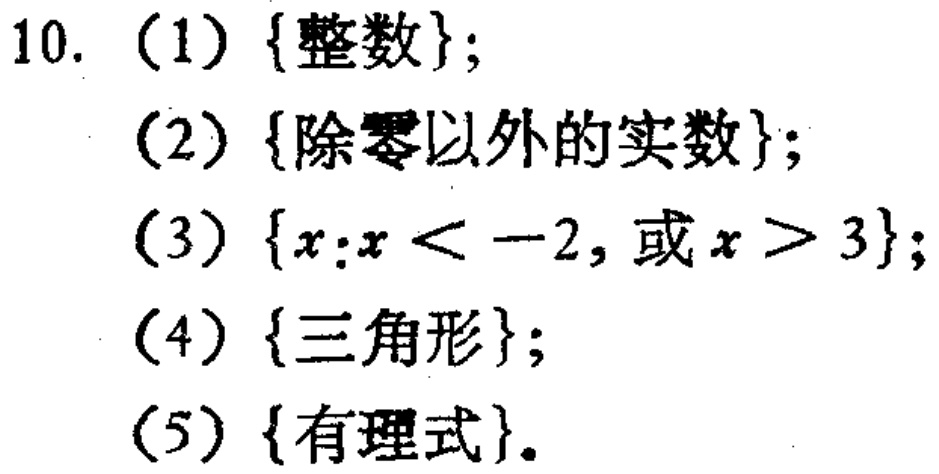
(1) \(\{\text{整数}\}\);

(2) \(\{\text{除零以外的实数}\}\);

(3) \(\{x:x < -2,\text{ 或 }x > 3\}\);

(4) \(\{\text{三角形}\}\);

(5) \(\{\text{有理式}\}\)